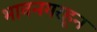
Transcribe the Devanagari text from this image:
भावनगरहून